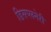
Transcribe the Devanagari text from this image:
डिसप्लनेरी